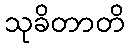
သုခိတာတိ